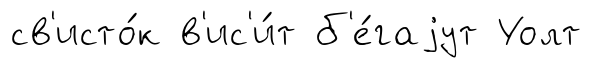
св'исто́к в'ис'и́т б'е́гаjут Уолт